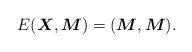
LaTeX: \begin{align*}E(\boldsymbol{X},\boldsymbol{M})=(\boldsymbol{M},\boldsymbol{M}).\end{align*}